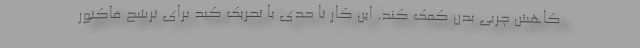
کاهش چربی بدن کمک کند. این کار تا حدی با تحریک کبد برای ترشح فاکتور